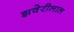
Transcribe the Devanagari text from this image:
झवेरीलाल